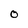
Character: 0